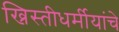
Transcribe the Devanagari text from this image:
ख्रिस्तीधर्मीयांचे